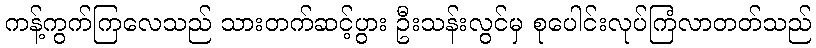
ကန့်ကွက်ကြလေသည် သားတက်ဆင့်ပွား ဦးသန်းလွင်မှ စုပေါင်းလုပ်ကြံလာတတ်သည်